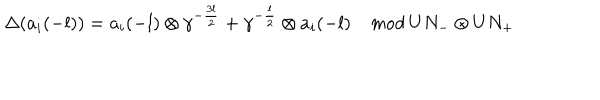
\Delta ( a _ { i } ( - l ) ) = a _ { i } ( - l ) \otimes \gamma ^ { - \frac { 3 l } { 2 } } + \gamma ^ { - \frac { l } { 2 } } \otimes a _ { i } ( - l ) \quad { \it m o d } \; U N _ { - } \otimes U N _ { + }